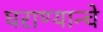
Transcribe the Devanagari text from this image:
घराण्यान्चे